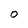
Character: 0